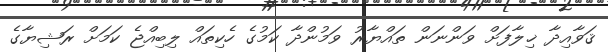
ޤަވާއިދާ ޚިލާފަށް ވަންނަން ތައްޔާރު ވަމުންދާ ކަމުގެ ހެކިތައް ލިބިއްޖެ ކަމަށް ރަޝިޔާގެ